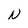
Character: N